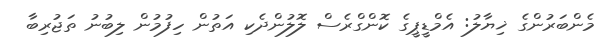
މެންބަރުންގެ ޚިޔާލު: އެމްޑީޕީގެ ކޮންގްރެސް ލޮލުންދެކި އަތުން ހިފުމުން ލިބުނު ތަޖުރިބާ